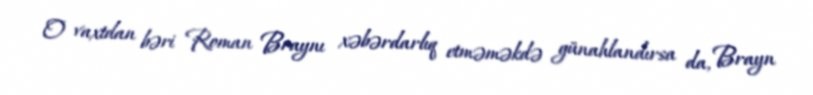
O vaxtdan bəri Roman Braynı xəbərdarlıq etməməkdə günahlandırsa da, Brayn